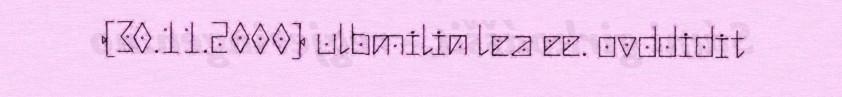
(30.11.2000) ulbmilin lea ee. ovddidit